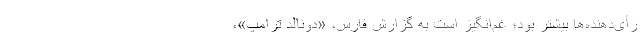
رأی‌دهنده‌ها بیشتر بود؛ غم‌‌انگیز است به گزارش فارس، «دونالد ترامپ»،